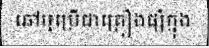
ឆៅឬប្រើជាគ្រឿងផ្សំក្នុង